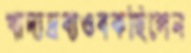
খাদ্যদ্রব্যওবকছিলেন